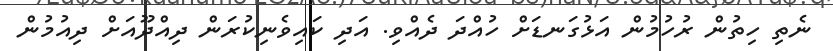
ނެތި ހިތުން ރުހުމުން އަޅުގަނޑަށް ހުއްދަ ދެއްވި. އަދި ކައިވެނިކުރަން ދިއްދޫއަށް ދިއުމުން